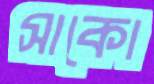
সাকো